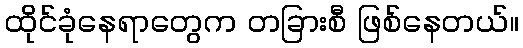
ထိုင်ခုံနေရာတွေက တခြားစီ ဖြစ်နေတယ်။